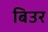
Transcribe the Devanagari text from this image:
बिउर